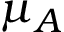
\mu _ { A }